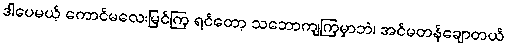
ဒါပေမယ့် ကောင်မလေးမြင်ကြ ရင်တော့ သဘောကျကြမှာဘဲ၊ အင်မတန်ချောတယ်